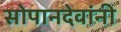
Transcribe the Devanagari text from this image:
सोपानदेवांनी